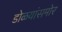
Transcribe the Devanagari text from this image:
डोळयांसमोर